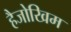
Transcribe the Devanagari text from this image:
हैजोखिम